Report of the Indian Hemp Drugs Commission, 1894-1895 - Volume V
Year: 1894
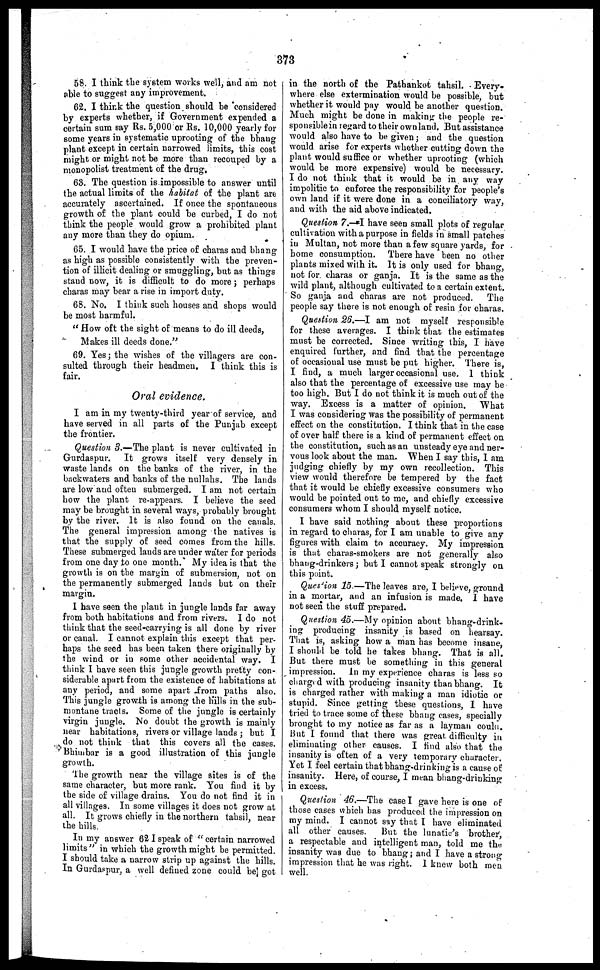
373
58. I think the system works well, and am not
able to suggest any improvement.
62. I think the question should be considered
by experts whether, if Government expended a
certain sum say Rs. 5,000 or Rs. 10,000 yearly for
some years in systematic uprooting of the bhang
plant except in certain narrowed limits, this cost
might or might not be more than recouped by a
monopolist treatment of the drug,
63. The question is impossible to answer until
the actual limits of the habitat of the plant are
accurately ascertained. If once the spontaneous
growth of the plant could be curbed, I do not
think the people would grow a prohibited plant
any more than they do opium.
65. I would have the price of charas and bhang
as high as possible consistently with the preven-
tion of illicit dealing or smuggling, but as things
stand now, it is difficult to do more ; perhaps
charas may bear a rise in import duty.
68. No. I think such houses and shops would
be most harmful.
" How oft the sight of means to do ill deeds,
Makes ill deeds done."
69. Yes ; the wishes of the villagers are con-
sulted through their headmen. I think this is
fair.
Oral evidence.
I am in my twenty-third year of service, and
have served in all parts of the Punjab except
the frontier.
Question 3.—The plant is never cultivated in
Gurdaspur. It grows itself very densely in
waste lands on the banks of the river, in the
backwaters and banks of the nullahs. The lands
are low and often submerged. I am not certain
how the plant re-appears. I believe the seed
may be brought in several ways, probably brought
by the river. It is also found on the canals.
The general impression among the natives is
that the supply of seed comes from the hills.
These submerged lands are under water for periods
from one day to one month. My idea is that the
growth is on the margin of submersion, not on
the permanently submerged lands but on their
margin.
I have seen the plant in jungle lands far away
from both habitations and from rivers. I do not
think that the seed-carrying is all done by river
or canal. I cannot explain this except that per-
haps the seed has been taken there originally by
the wind or in some other accidental way. I
think I have seen this jungle growth pretty con-
siderable apart from the existence of habitations at
any period, and some apart from paths also.
This jungle growth is among the Kills in the sub-
montane tracts. Some of the jungle is certainly
virgin jungle. No doubt the growth is mainly
near habitations, rivers or village lands ; but I
do not think that this covers all the cases.
Bhimbar is a good illustration of this jungle
growth.
The growth near the village sites is of the
same character, but more rank. You find it by
the side of village drains. You do not find it in
all villages. In some villages it does not grow at
all. It grows chiefly in the northern tahsil, near
the hills.
In my answer 62 I speak of "certain narrowed
limits" in which the growth might be permitted.
I should take a narrow strip up against the hills.
In Gurdaspur, a well defined zone could be] got
in the north of the Pathankot tahsil. Every-
where else extermination would be possible, but
whether it would pay would be another question.
Much might be done in making the people re-
sponsible in regard to their own land. But assistance
would also have to be given ; and the question
would arise for experts whether cutting down the
plant would suffice or whether uprooting (which
would be more expensive) would be necessary.
I do not think that it would be in any way
impolitic to enforce the responsibility for people's
own land if it were done in a conciliatory way,
and with the aid above indicated.
Question 7.—I have seen small plots of regular
cultivation with a purpose in fields in small patches
in Multan, not more than a few square yards, for
home consumption. There have been no other
plants mixed with it. It is only used for bhang,
not for charas or ganja. It is the same as the
wild plant, although cultivated to a certain extent.
So ganja and charas are not produced.
The
people say there is not enough of: resin for charas.
Question 28.—I am not myself responsible
for these averages. I think that the estimates
must be corrected. Since writing this, I have
enquired further, and find that the percentage
of occasional use must be put higher. There is,
I find, a much larger occasional use, 1 think
also that the percentage of excessive use may be
too high. But I do not think it is much out of the
way. Excess is a matter of opinion. What
I was considering was the possibility of permanent
effect on the constitution. I think that in the case
of over half there is a kind of permanent effect on
the constitution, such as an unsteady eye and ner-
vous look about the man. When I say this, 1 am
judging chiefly by my own recollection. This
view would therefore be tempered by the fact
that it would be chiefly excessive consumers who
would be pointed out to me, and chiefly excessive
consumers whom I should myself notice.
I have said nothing about these proportions
in regard to charas, for I am unable to give any
figures with claim to accuracy. My impression
is that charas-smokers are not generally also
bhang-drinkers ; but I cannot speak strongly on
this point.
Question 15 —The leaves are, I believe, ground
in a mortar, and an infusion is made. I have
not seen the stuff prepared.
Question 45.—My opinion about bhang-drink-
ing producing insanity is based on hearsay.
That is, asking how a man has become insane,
I should be told he takes bhang. That is all.
But there must be something in this general
impression. In my experience charas is less so
charged with producing insanity than bhang. It
is charged rather with making a man idiotic or
stupid. Since getting these questions, I have
tried to trace some of these bhang cases, specially
brought to my notice as far as a layman could.
But I found that there was great, difficulty in
eliminating other causes. I find also that the
insanity is often of a very temporary character.
Yet I feel certain that bhang-drinking is a cause of
insanity. Here, of course, I mean bhang-drinking
in excess.
Question 46.—The case I gave here is one of
those cases which has produced the impression on
my mind. I cannot say that I have eliminated
all other causes.
But the lunatic's brother,
a respectable and intelligent man, told me the
insanity was due to bhang; and I have a strong
impression that he was right. 1 knew both men
well.